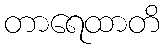
တာရေထာတိ